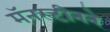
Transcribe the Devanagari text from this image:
मॅनस्टीनने